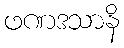
ဖဏဒသာနိ